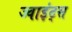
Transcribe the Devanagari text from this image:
ज्वाइंट्स